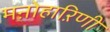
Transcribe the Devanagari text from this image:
मऩोहाऱिणी